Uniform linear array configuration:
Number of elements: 32
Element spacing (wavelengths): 0.75
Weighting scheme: kaiser
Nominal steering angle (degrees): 45
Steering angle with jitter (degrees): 44.182
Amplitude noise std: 0.05
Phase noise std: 0.05

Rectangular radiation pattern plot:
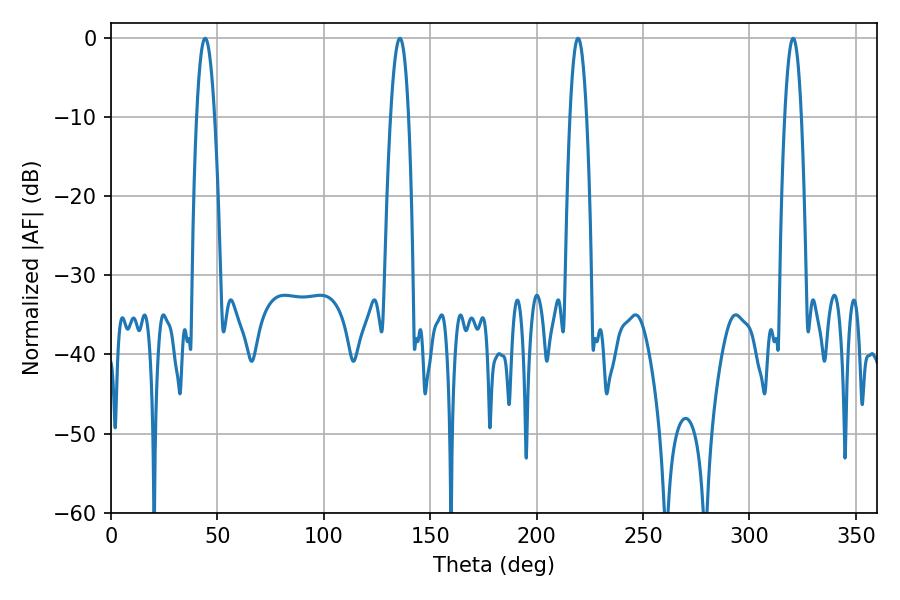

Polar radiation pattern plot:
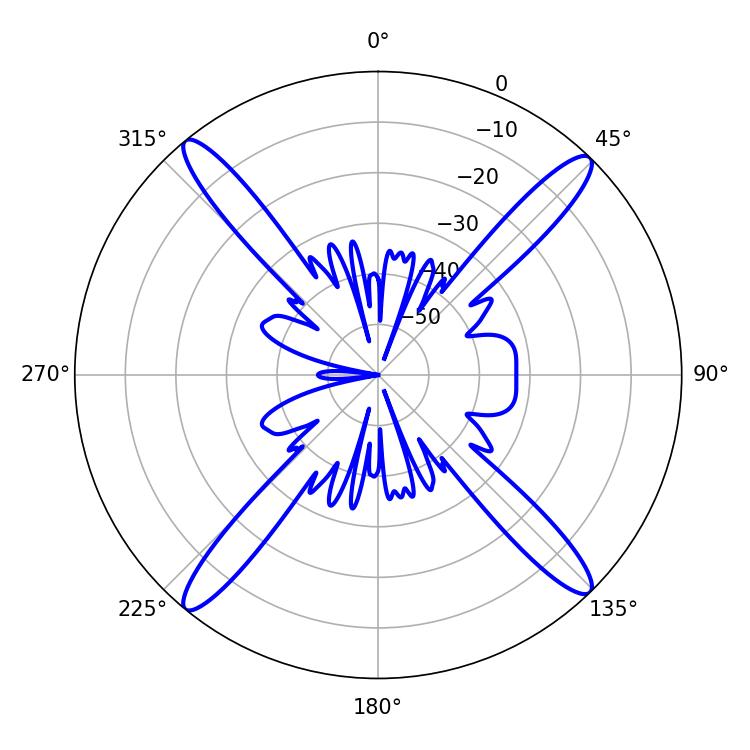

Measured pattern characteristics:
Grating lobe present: TRUE
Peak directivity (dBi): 20.091
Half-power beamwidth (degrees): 4.68
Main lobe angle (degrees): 44.28